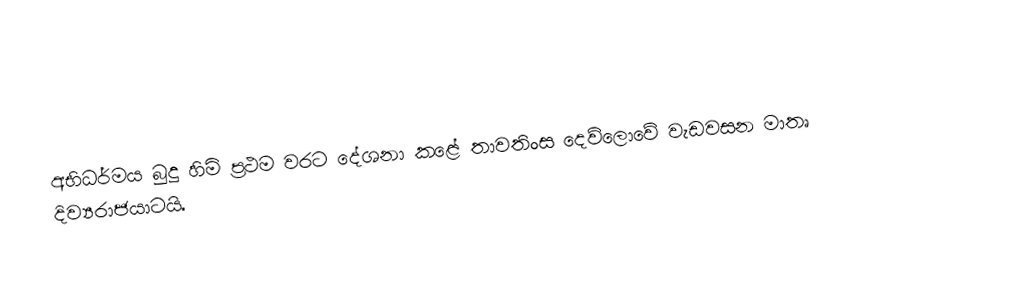
අභිධර්මය බුදු හිමි ප්‍රථම වරට දේශනා කළේ තාවතිංස දෙව්ලොවේ වැඩවසන මාතෘ දිව්‍යරාජයාටයි.